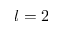
l = 2